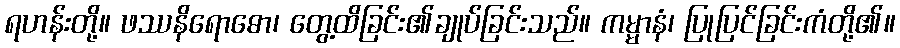
ရဟန်းတို့။ ဖဿနိရောဓော၊ တွေ့ထိခြင်း၏ချုပ်ခြင်းသည်။ ကမ္မာနံ၊ ပြုပြင်ခြင်းကံတို့၏။